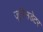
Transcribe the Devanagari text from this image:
जूरिसडेटर